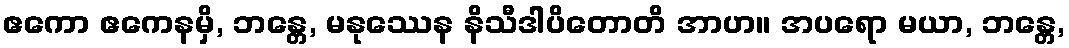
ဧကော ဧကေနမှိ, ဘန္တေ, မနုဿေန နိသီဒါပိတောတိ အာဟ။ အပရော မယာ, ဘန္တေ,